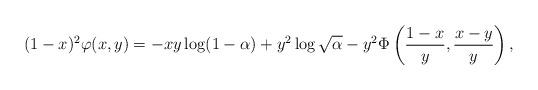
LaTeX: \begin{align*}(1-x)^2\varphi(x,y)=-xy\log(1-\alpha)+y^2\log \sqrt{\alpha}-y^2\Phi\left(\frac{1-x}{y}, \frac{x-y}{y}\right),\end{align*}